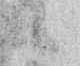
候